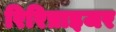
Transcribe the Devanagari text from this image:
रिरिप्राइजर